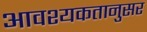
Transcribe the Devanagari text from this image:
आवश्यकतानुसर